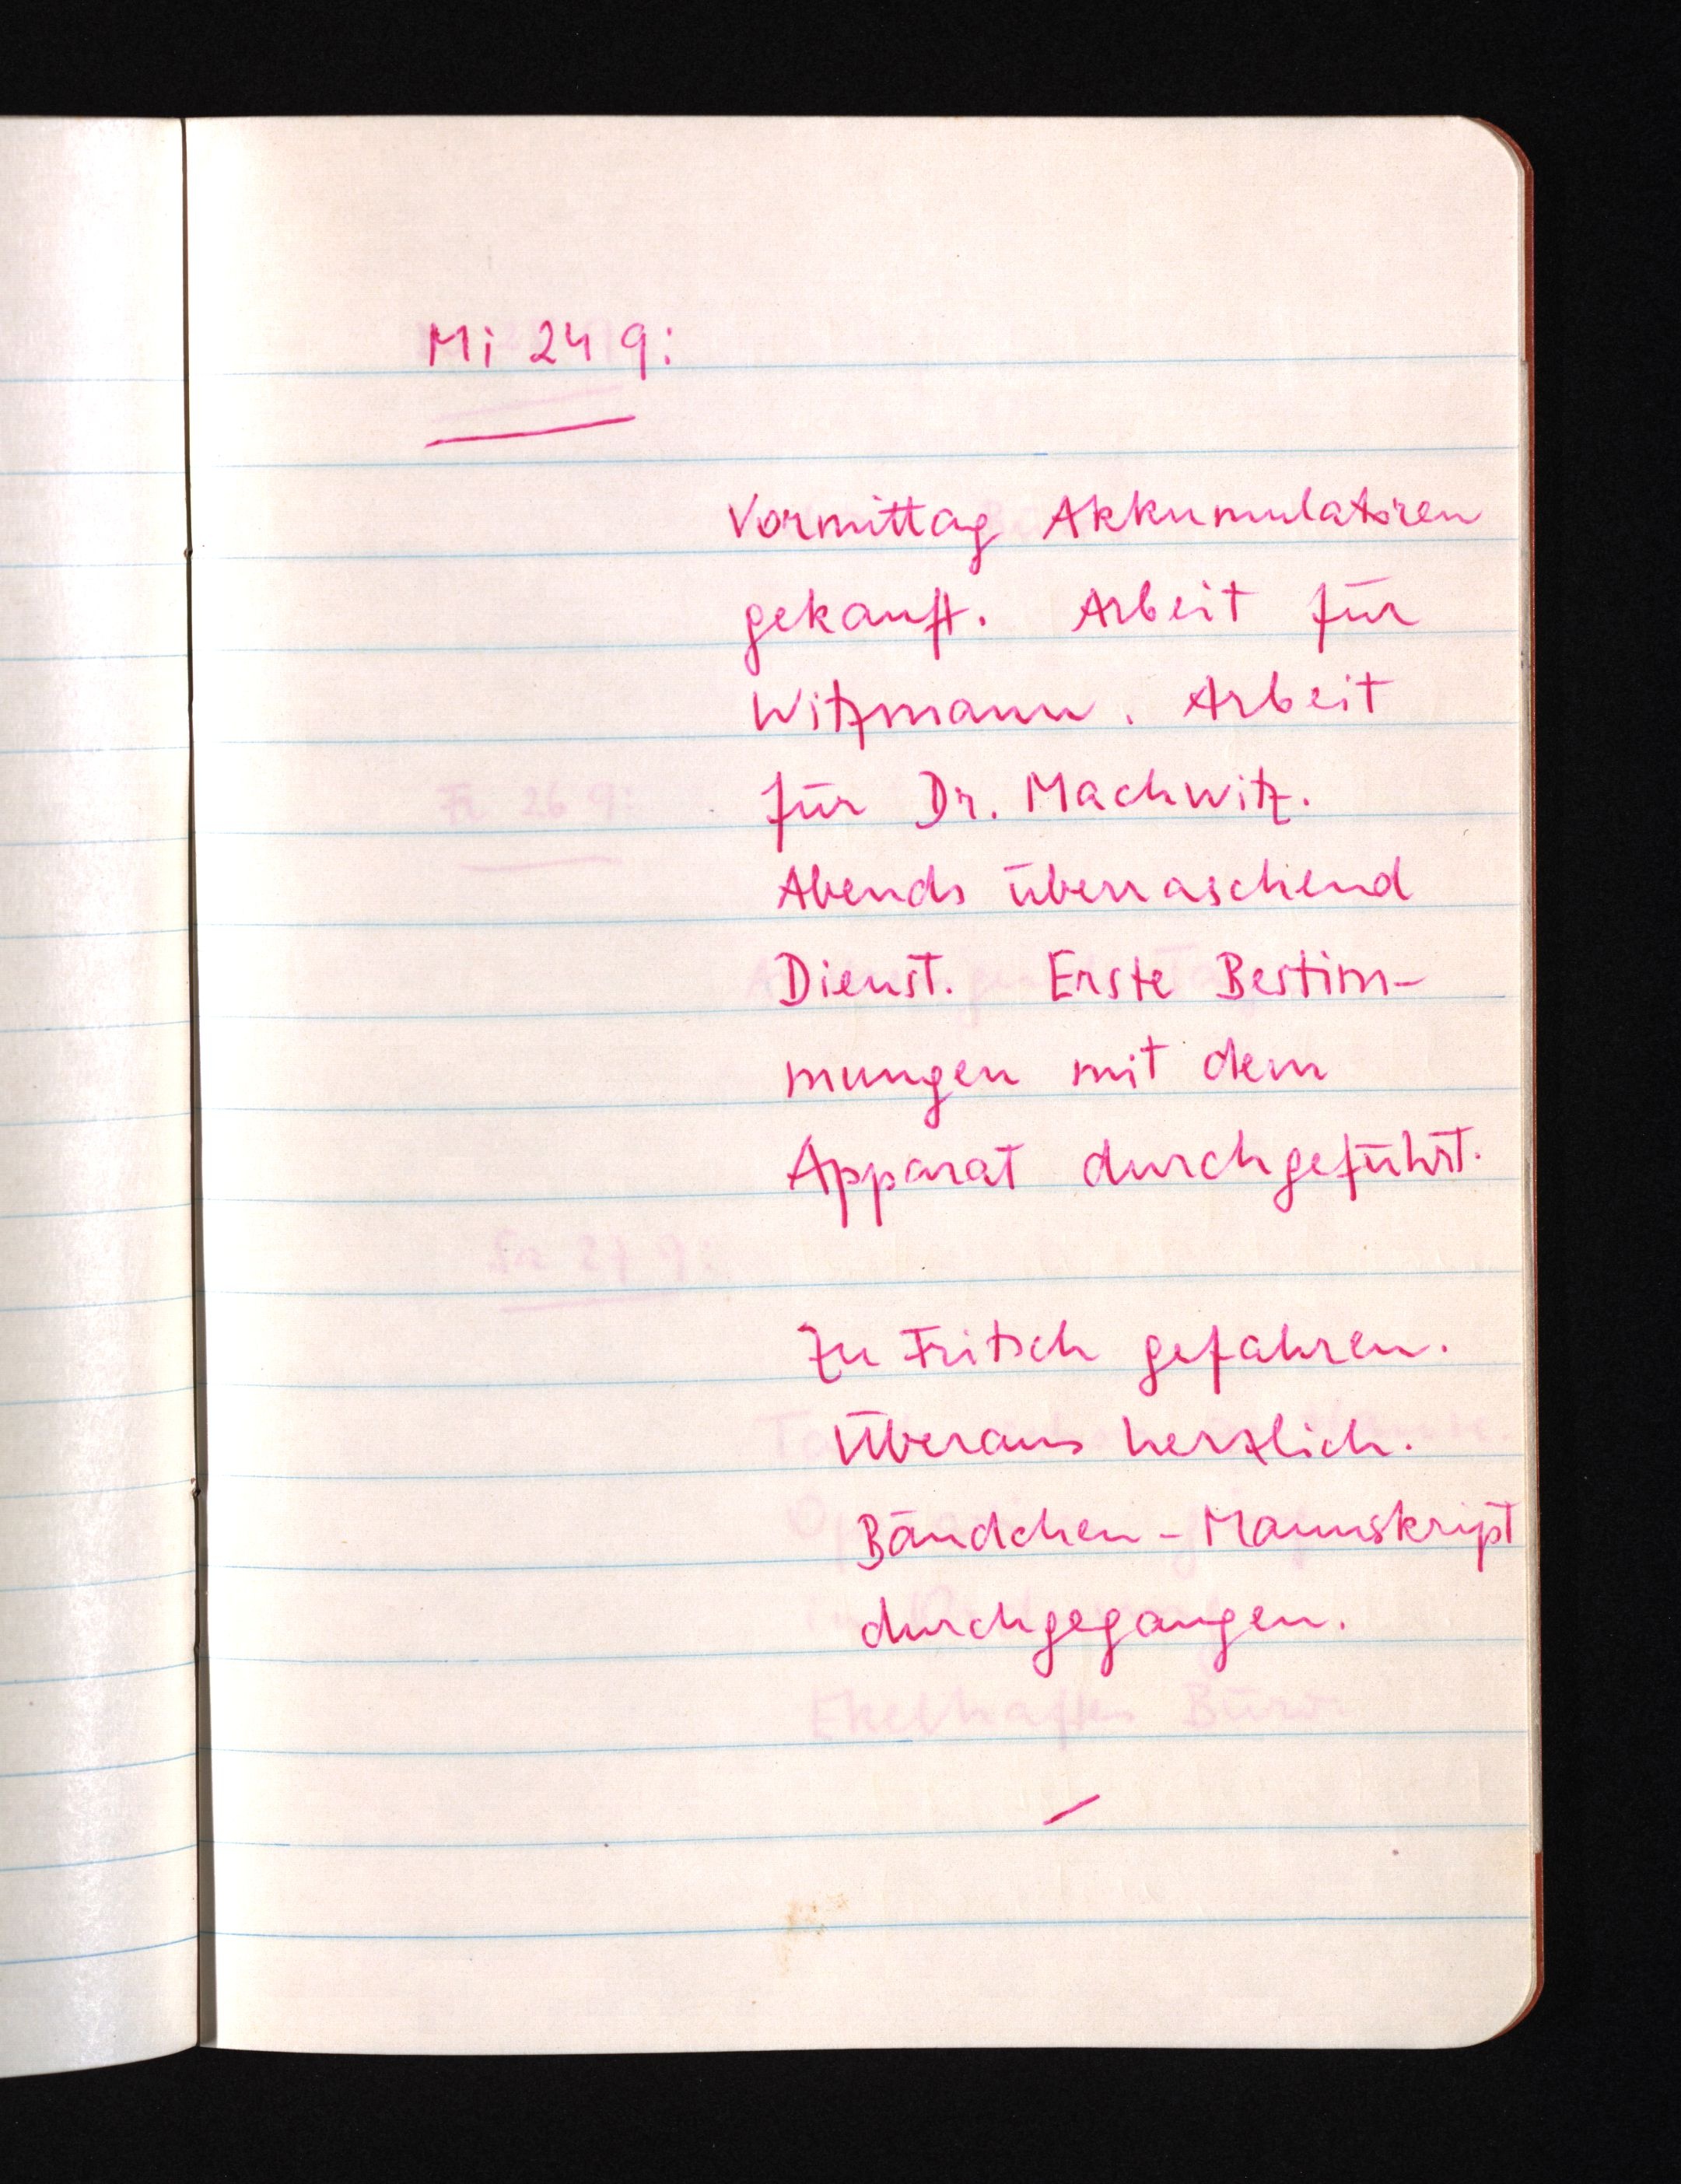
Mi 24 9:
Vormittag Akkumulatoren
gekauft. Arbeit für
Witzmann. Arbeit
für Dr. Machwitz.
Abends überraschend
Dienst. Erste Bestim¬
mungen mit dem
Apparat durchgeführt.
Zu Fritsch gefahren.
Überaus herzlich.
Bändchen-Manuskript
durchgegangen.